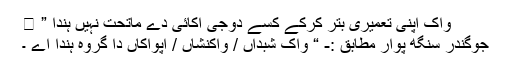
واک اپنی تعمیری بتر کرکے کسے دوجی اکائی دے ماتحت نہیں ہندا ” ।
جوگندر سنگھ پوار مطابق :- “ واک شبداں / واکنشاں / اپواکاں دا گروہ ہندا اے ۔